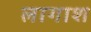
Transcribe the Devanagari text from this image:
लागाश